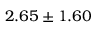
2 . 6 5 \pm 1 . 6 0